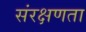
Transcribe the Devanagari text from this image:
संरक्षणता